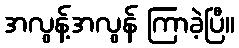
အလွန့်အလွန် ကြာခဲ့ပြီ။